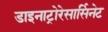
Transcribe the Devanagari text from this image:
डाइनाट्रोरेसार्सिनेट